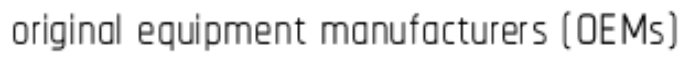
original equipment manufacturers (OEMs)